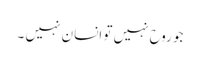
جو روح نہیں تو انسان نہیں ۔